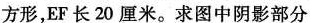
方形，EF长20厘米。求图中阴影部分